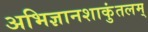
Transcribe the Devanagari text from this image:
अभिज्ञानशाकुंतलम्‌